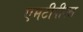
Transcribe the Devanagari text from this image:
एमटीपीएल